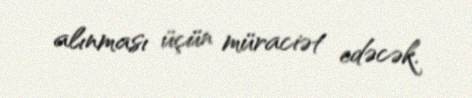
alınması üçün müraciət edəcək.